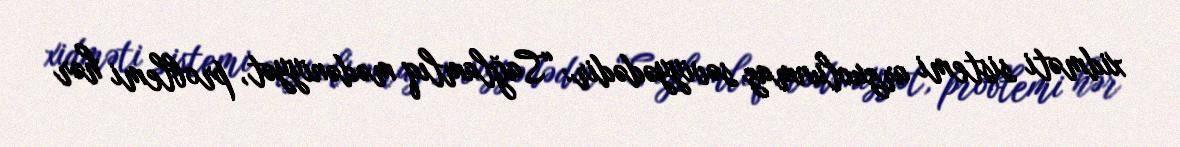
xidməti sistemi arzuolunmaz səviyyədədir: “Sağlamlıq mədəniyyət, problemi hər